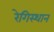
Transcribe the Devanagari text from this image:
रेगिस्थान